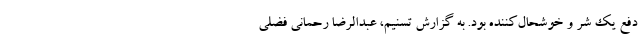
دفع یک شر و خوشحال‌کننده بود. به گزارش تسنیم، عبدالرضا رحمانی فضلی